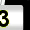
Digit: 3